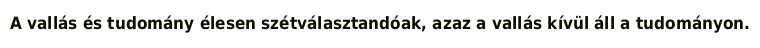
A vallás és tudomány élesen szétválasztandóak, azaz a vallás kívül áll a tudományon.